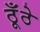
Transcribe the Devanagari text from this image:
ठूँठे